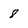
Character: 8